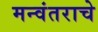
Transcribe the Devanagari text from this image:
मन्वंतराचे